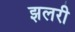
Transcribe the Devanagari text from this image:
झलरी